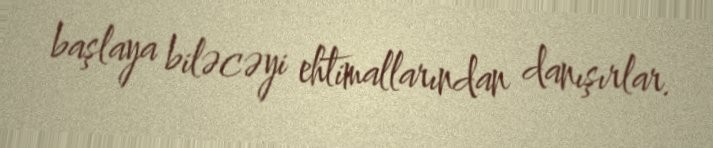
başlaya biləcəyi ehtimallarından danışırlar.